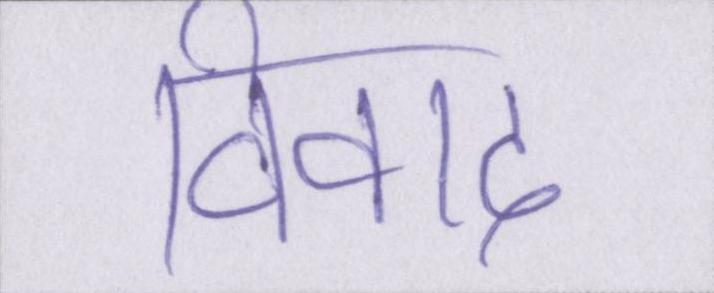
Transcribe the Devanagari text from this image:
विवाद